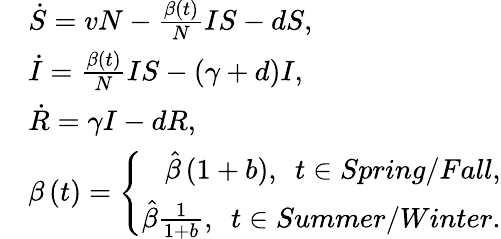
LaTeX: \begin{array}{rl}&{\dot{S}=vN-\frac{\beta\left(t\right)}NIS-dS,}\\ &{\dot{I}=\frac{\beta\left(t\right)}NIS-\left(\gamma+d\right)I,}\\ &{\dot{R}=\gamma I-dR,}\\ &{\beta\left(t\right)=\left\{ \begin{array}{r}{\hat{\beta}\left(1+b\right),\ \ t\in Spring/Fall,}\\ {\hat{\beta}\frac{1}{1+b},\ \ t\in Summer/Winter.}\end{array}\right.}\end{array}